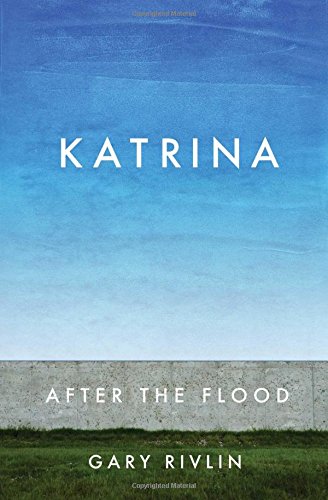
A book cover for Katrina: After the Flood; Gary Rivlin; Business & Money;